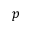
p